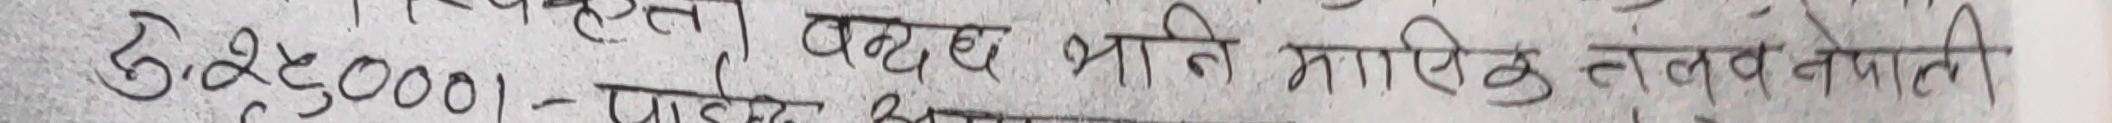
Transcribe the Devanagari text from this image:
२४/१/२००१ - बृद्ध भानि मानसिक तल्व नेपाली